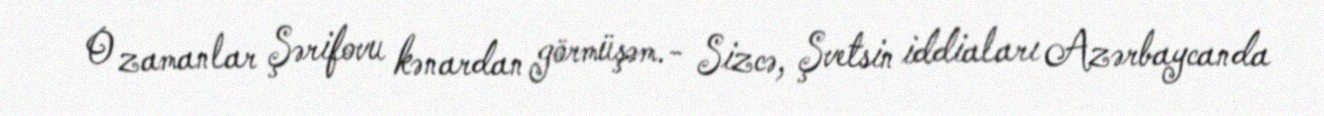
O zamanlar Şərifovu kənardan görmüşəm.- Sizcə, Şvetsin iddiaları Azərbaycanda